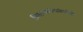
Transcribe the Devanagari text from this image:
विमानकंपन्यांसाठीही